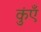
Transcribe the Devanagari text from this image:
कुंएँ